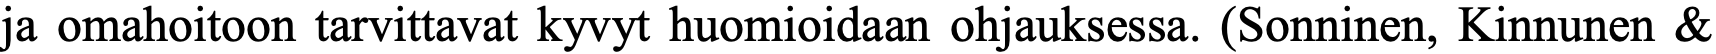
ja omahoitoon tarvittavat kyvyt huomioidaan ohjauksessa. (Sonninen, Kinnunen &